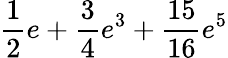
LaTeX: \frac{1}{2}e+\frac{3}{4}e^{3}+\frac{15}{16}e^{5}